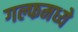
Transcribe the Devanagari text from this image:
गल्फमध्ये